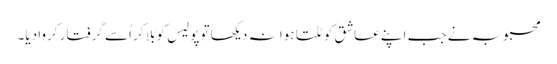
محبوبہ نے جب اپنے عاشق کو ٹلتا ہوا نہ دیکھا تو پولیس کو بُلا کر اُسے گرفتار کروا دیا۔